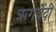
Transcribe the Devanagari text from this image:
ऋगर्वेदी